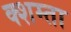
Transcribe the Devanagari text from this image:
क्शम्ता